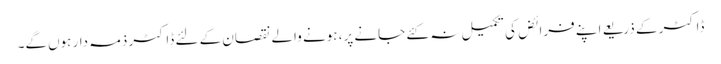
ڈاکٹر کے ذریعے اپنے فرائض کی تکمیل نہ کئے جانے پر، ہونے والے نقصان کے لئے ڈاکٹر ذمہ دار ہوں‌گے۔